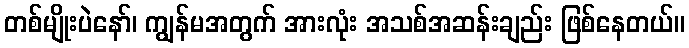
တစ်မျိုးပဲနော်၊ ကျွန်မအတွက် အားလုံး အသစ်အဆန်းချည်း ဖြစ်နေတယ်။